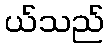
ယ်သည်